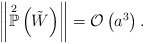
\begin{align*}\left\Vert \overset{2}{\mathbb{P}}\left( \tilde{W} \right) \right\Vert = \mathcal{O}\left( a^{3} \right). \end{align*}